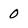
Character: 0